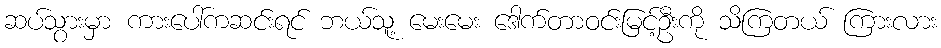
ဆပ်သွားမှာ ကားပေါ်ကဆင်းရင် ဘယ်သူ့ မေးမေး ဒေါက်တာဝင်းမြင့်ဦးကို သိကြတယ် ကြားလား